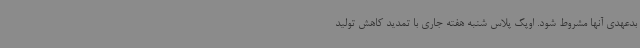
بدعهدی آنها مشروط شود. اوپک پلاس شنبه هفته جاری با تمدید کاهش تولید